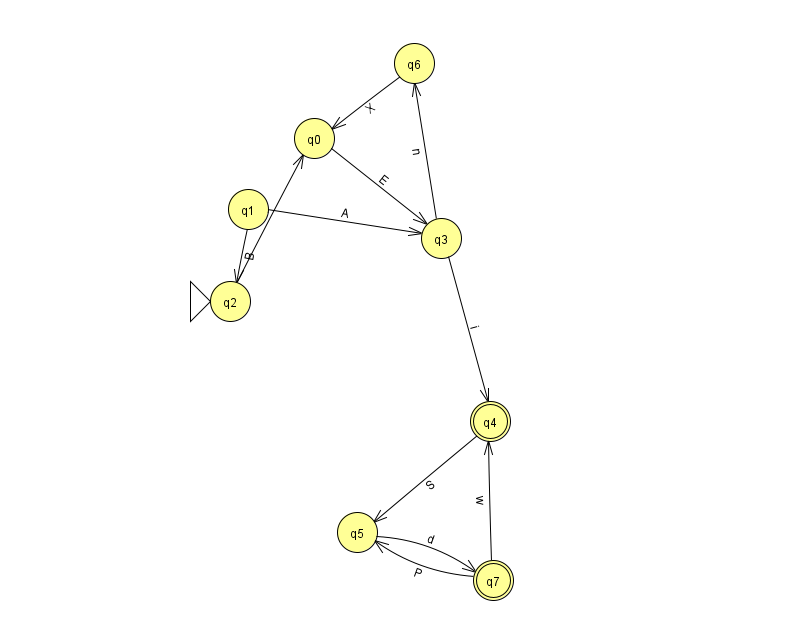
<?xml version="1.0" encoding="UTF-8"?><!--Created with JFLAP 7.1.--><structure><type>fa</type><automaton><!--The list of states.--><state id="0" name="q0"><x>314.0</x><y>125.0</y></state><state id="1" name="q1"><x>248.0</x><y>196.0</y></state><state id="2" name="q2"><x>230.0</x><y>288.0</y><initial/></state><state id="3" name="q3"><x>441.0</x><y>225.0</y></state><state id="4" name="q4"><x>490.0</x><y>408.0</y><final/></state><state id="5" name="q5"><x>357.0</x><y>519.0</y></state><state id="6" name="q6"><x>414.0</x><y>50.0</y></state><state id="7" name="q7"><x>493.0</x><y>567.0</y><final/></state><!--The list of transitions.--><transition><from>0</from><to>3</to><read>E</read></transition><transition><from>3</from><to>4</to><read>i</read></transition><transition><from>3</from><to>6</to><read>n</read></transition><transition><from>6</from><to>0</to><read>X</read></transition><transition><from>4</from><to>5</to><read>S</read></transition><transition><from>2</from><to>0</to><read>m</read></transition><transition><from>5</from><to>7</to><read>d</read></transition><transition><from>7</from><to>4</to><read>w</read></transition><transition><from>1</from><to>3</to><read>A</read></transition><transition><from>1</from><to>2</to><read>B</read></transition><transition><from>7</from><to>5</to><read>P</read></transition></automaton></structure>